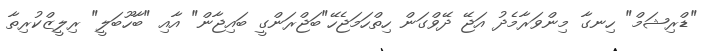
"ޑްރިޝަމް" ހިނގާ މިންވަރާމެދު އަޖޭ ދޭވްގަން ހިތްހަަމަޖެހޭ"ބަޖްރަންގީ ބައިޖާން" އާއި "ބާހޫބަލީ" ރިލީޒްކުރިތާ